Punjab Mental Hospital Lahore 1922-31 - 1922-1931
Year: 1922
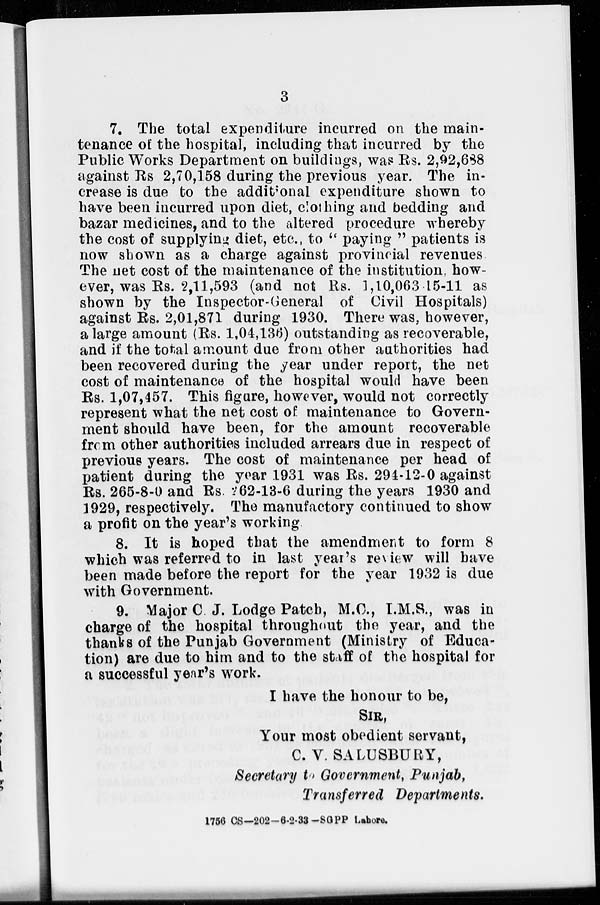
3
7. The total expenditure incurred on the main-
tenance of the hospital, including that incurred by the
Public Works Department on buildings, was Rs. 2,92,688
against Rs 2,70,158 during the previous year. The in-
crease is due to the additional expenditure shown to
have been incurred upon diet, clothing and bedding and
bazar medicines, and to the altered procedure whereby
the cost of supplying diet, etc., to " paying " patients is
now shown as a charge against provincial revenues
The net cost of the maintenance of the institution, how-
ever, was Rs. 2,11,593 (and not Rs. 1,10,063 15-11 as
shown by the Inspector-General of Civil Hospitals)
against Rs. 2,01,871 during 1930. There was, however,
a large amount (Rs. 1,04,136) outstanding as recoverable,
and if the total amount due from other authorities had
been recovered during the year under report, the net
cost of maintenance of the hospital would have been
Rs. 1,07,457. This figure, however, would not correctly
represent what the net cost of maintenance to Govern-
ment should have been, for the amount recoverable
from other authorities included arrears due in respect of
previous years. The cost of maintenance per head of
patient during the year 1931 was Rs. 294-12-0 against
Rs. 265-8-0 and Rs. 262-13-6 during the years 1930 and
1929, respectively. The manufactory continued to show
a profit on the year's working.
8. It is hoped that the amendment to form 8
which was referred to in last year's review will have
been made before the report for the year 1932 is due
with Government.
9. Major C. J. Lodge Patch, M.C., I.M.S., was in
charge of the hospital throughout the year, and the
thanks of the Punjab Government (Ministry of Educa-
tion) are due to him and to the staff of the hospital for
a successful year's work.
I have the honour to be,
SIR,
Your most obedient servant,
C. V. SALUSBURY,
Secretary to Government, Punjab,
Transferred Departments.
1756 CS—202—6-2-33 -SGPP Lahore.